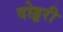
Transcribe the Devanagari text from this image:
दोड्डरी